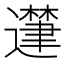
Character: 𮟘